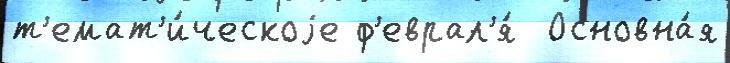
т'емат'и́ческоjе ф'еврал'я́  Основна́я